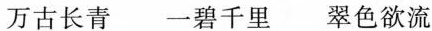
万古长青 一碧千里 翠色欲流